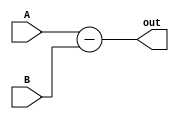
`timescale 1ns / 1ps
//////////////////////////////////////////////////////////////////////////////////
// Engineers: James Fulton, Raphael Lepercq, & Wilson Liao
//////////////////////////////////////////////////////////////////////////////////

module sub(A, B, out);

    input [63:0] A, B;
    output reg [63:0] out;
    
    always @(A, B) begin
        out = A - B;
    end
    
endmodule